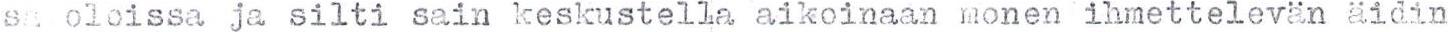
sa oloissa ja silti sain keskustella aikoinaan monen ihmettelevän äidin